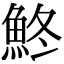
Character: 鮗